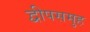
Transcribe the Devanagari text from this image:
द्वीपसमुह